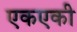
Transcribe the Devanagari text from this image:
एकएकी